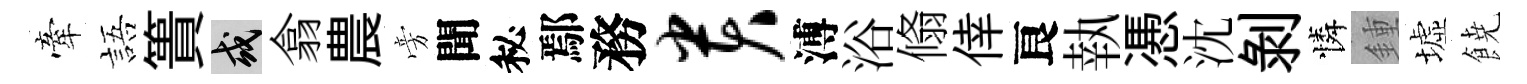
牽語簣或翕農旁聞秘鄢務贵溥浴翛倖良執慿沈剝憐鍾墟𩜙